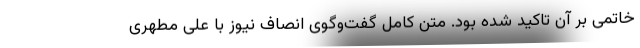
خاتمی بر آن تاکید شده بود. متن کامل گفت‌وگوی انصاف نیوز با علی مطهری